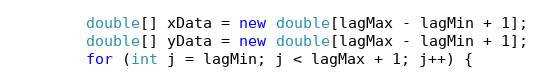
Language: Java
		double[] xData = new double[lagMax - lagMin + 1];
		double[] yData = new double[lagMax - lagMin + 1];
		for (int j = lagMin; j < lagMax + 1; j++) {